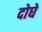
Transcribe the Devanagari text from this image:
दोघें